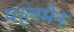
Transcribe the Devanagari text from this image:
पर्लमेन